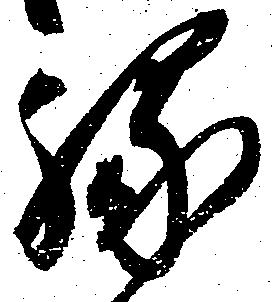
縁